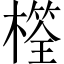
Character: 𣛩